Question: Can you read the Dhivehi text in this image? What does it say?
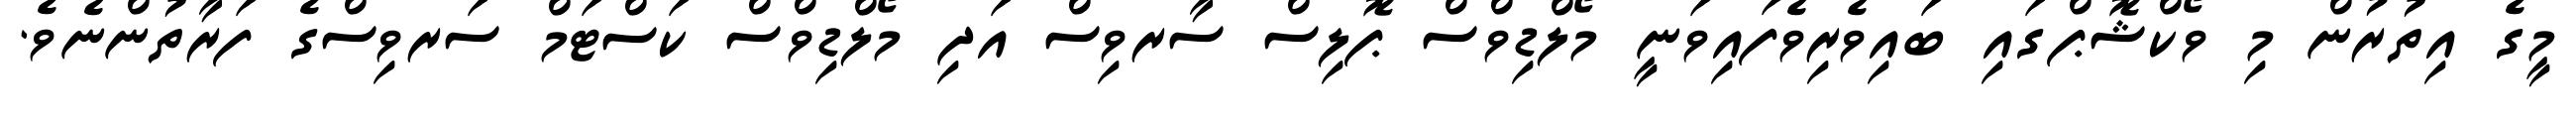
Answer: މީގެ އިތުރުން މި ވޯކްޝޮޕްގައި ބައިވެރިވެފައިވަނީ މޯލްޑިވްސް ޕޮލިސް ސާރވިސް އަދި މޯލްޑިވްސް ކަސްޓަމް ސަރވިސްގެ ފަރާތުންނެވެ.